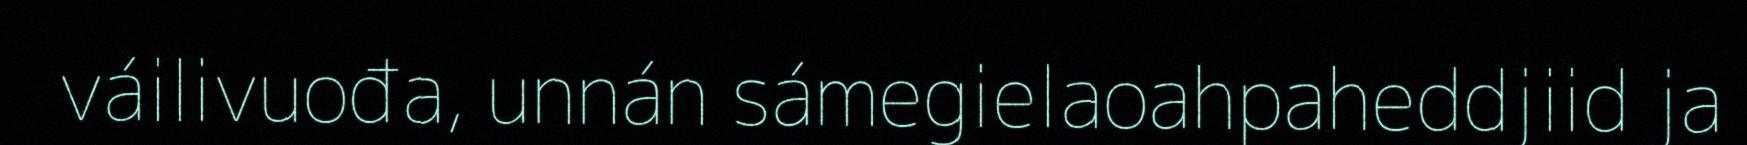
váilivuođa, unnán sámegielaoahpaheddjiid ja